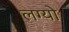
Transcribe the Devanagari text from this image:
लग्यो